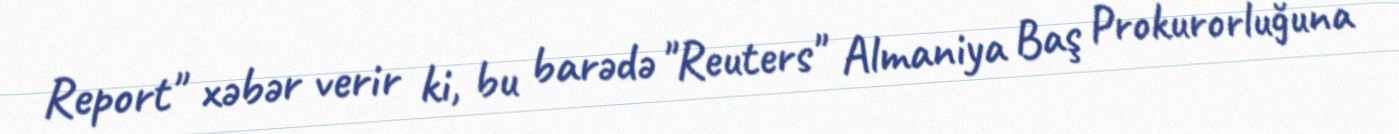
Report" xəbər verir ki, bu barədə "Reuters" Almaniya Baş Prokurorluğuna